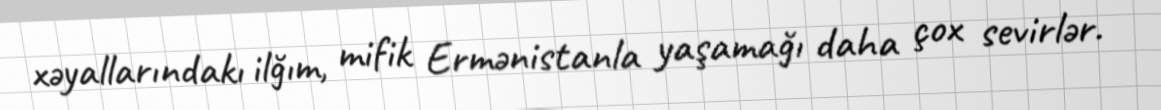
xəyallarındakı ilğım, mifik Ermənistanla yaşamağı daha çox sevirlər.